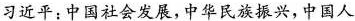
习近平：中国社会发展，中华民族振兴，中国人